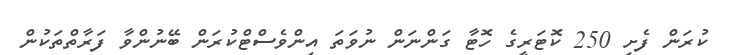
ކުރަން ފެށި 250 ކޮޓަރީގެ ހޮޓާ ގަންނަން ނުވަތަ އިންވެސްޓްކުރަން ބޭނުންވާ ފަރާތްތަކުން